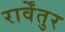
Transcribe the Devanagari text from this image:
रार्वेंतुर